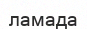
ламада